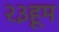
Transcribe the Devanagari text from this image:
२३हूम